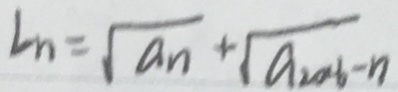
l _ { n } = \sqrt { a _ { n } } + \sqrt { a _ { 2 a b } - n }